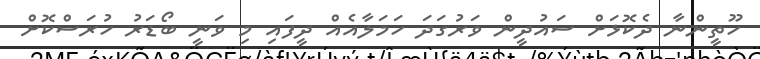
ހޫތީންނާ ދެކޮޅަށް ސައުދީން ވަރުގަދަ ހަމަލާއެއް ދީފައި މި ވަނީ ބޯޑަރު ހުރަސްކޮށް